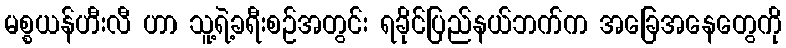
မစ္စယန်ဟီးလီ ဟာ သူ့ရဲ့ခရီးစဉ်အတွင်း ရခိုင်ပြည်နယ်ဘက်က အခြေအနေတွေကို